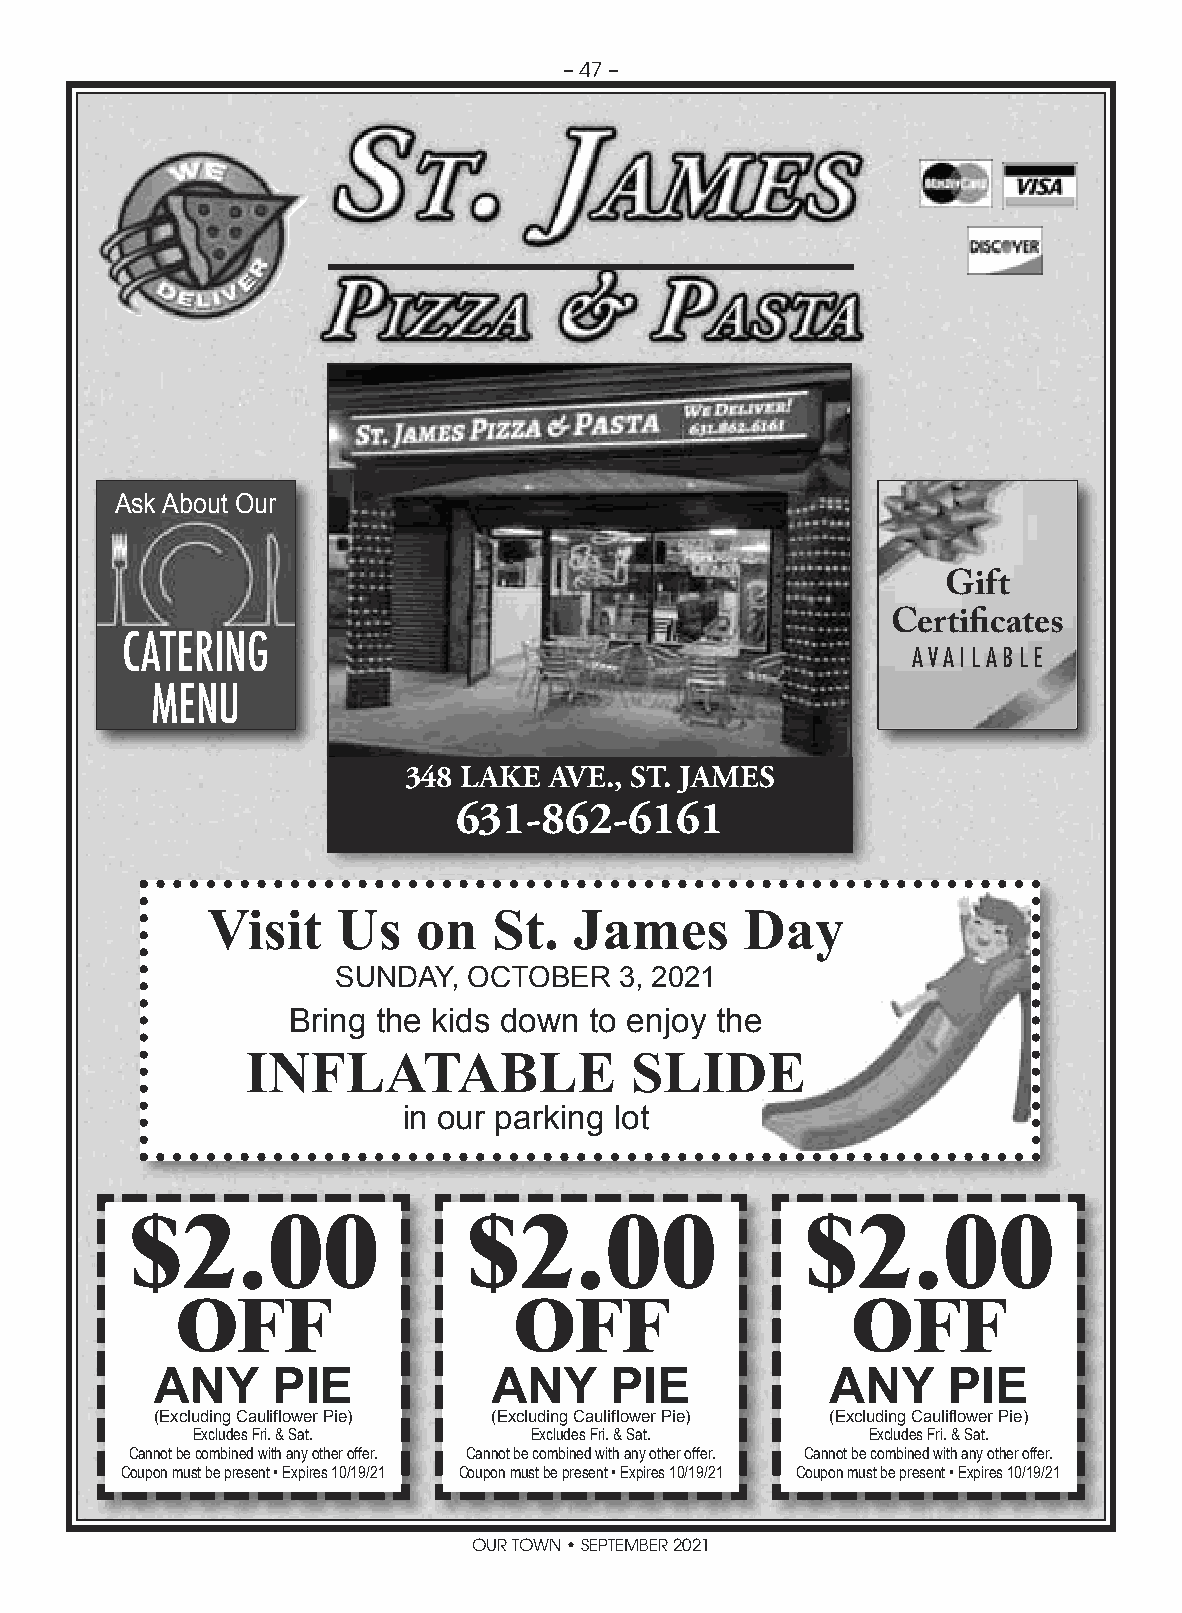
– 47 –
 Ask About Our
 Gift
 Certificates
 CATERING
 AVAIL ABLE
 MENU
 348 LAKE AVE., ST. JAMES
 631-862-6161
 Visit   Us    on   St.  James      Day
 SUNDAY,  OCTOBER   3, 2021
 Bring the kids down to enjoy the
 INFLATABLE                SLIDE
 in our parking lot
 $2.00                 $2.00                 $2.00
 OFF                   OFF                   OFF
 ANY     PIE            ANY    PIE            ANY     PIE
 (Excluding Cauliflower Pie) (Excluding Cauliflower Pie) (Excluding Cauliflower Pie)
 Excludes Fri. & Sat.  Excludes Fri. & Sat.  Excludes Fri. & Sat.
 Cannot be combined with any other offer. Cannot be combined with any other offer. Cannot be combined with any other offer.
 Coupon must be present • Expires 10/19/21 Coupon must be present • Expires 10/19/21 Coupon must be present • Expires 10/19/21
 OUR TOWN • SEPTEMBER 2021